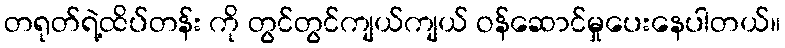
တရုတ်ရဲ့ထိပ်တန်း ကို တွင်တွင်ကျယ်ကျယ် ဝန်ဆောင်မှုပေးနေပါတယ်။